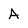
Character: A